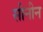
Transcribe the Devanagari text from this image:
सीनीन